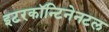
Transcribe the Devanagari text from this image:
इटरकॉन्टिनेनटल